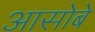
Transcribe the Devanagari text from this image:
आसोबे